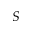
S